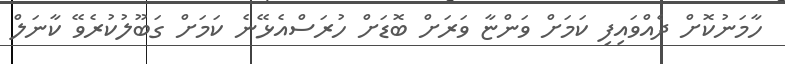
ހާމަނުކޮށް ދެއްވައިފި ކަމަށް ވަންޏާ ވަރަށް ބޮޑަަށް ހުރަސްއެޅޭނެ ކަމަށް ގަބޫލުކުރެވޭ ކާނަލް